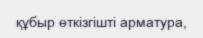
құбыр өткізгішті арматура,